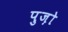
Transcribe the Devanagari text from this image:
पुज़ो